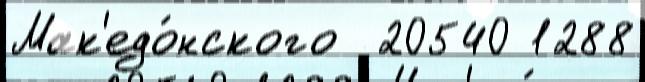
Мак'едо́нского  20540 1288